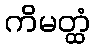
ကိမတ္ထံ